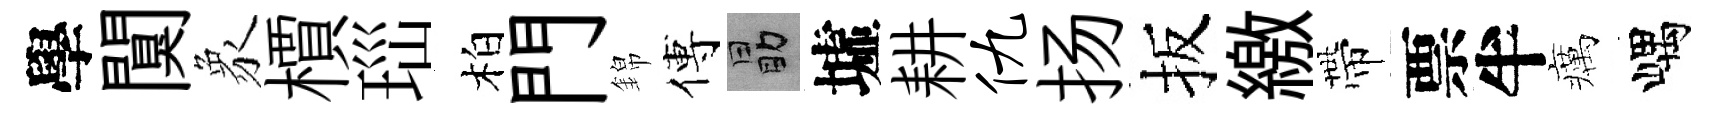
學闃象檟𤤼柏門錦傅勗墟耕仇扬扳繳帶票半癘嵎